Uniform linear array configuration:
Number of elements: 16
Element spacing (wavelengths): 1
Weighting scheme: exponential
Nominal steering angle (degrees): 30
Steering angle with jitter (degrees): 30.025
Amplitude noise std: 0.05
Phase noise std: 0.05

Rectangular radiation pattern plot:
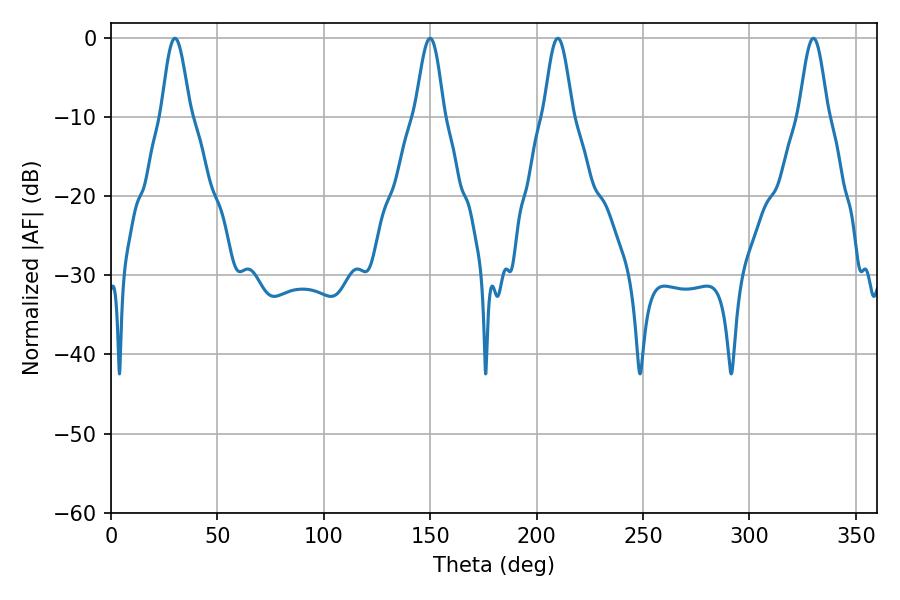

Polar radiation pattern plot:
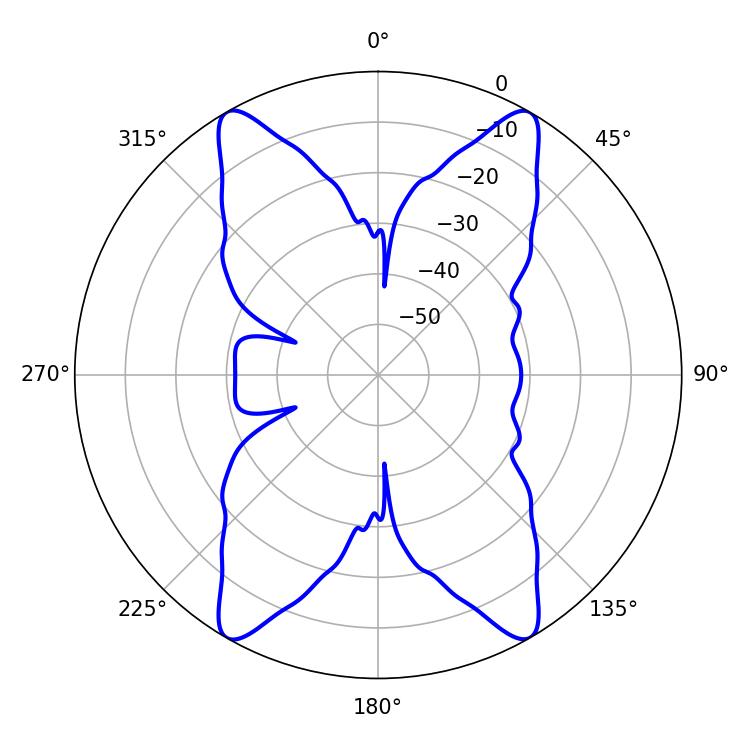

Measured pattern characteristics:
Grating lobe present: TRUE
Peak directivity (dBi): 30.856
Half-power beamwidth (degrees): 7.02
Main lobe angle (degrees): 30.06